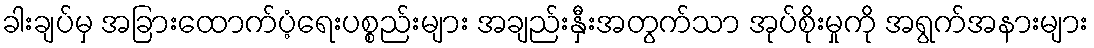
ခါးချပ်မှ အခြားထောက်ပံ့ရေးပစ္စည်းများ အချည်းနှီးအတွက်သာ အုပ်စိုးမှုကို အရွက်အနားများ